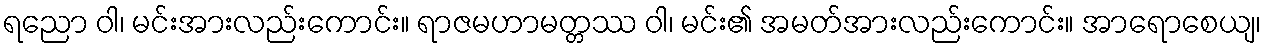
ရညော ဝါ၊ မင်းအားလည်းကောင်း။ ရာဇမဟာမတ္တဿ ဝါ၊ မင်း၏ အမတ်အားလည်းကောင်း။ အာရောစေယျ၊